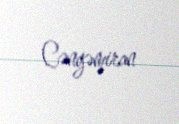
Cəngəmiran